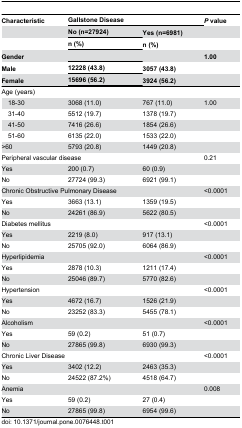
<table><thead><tr><td><b>Characteristic</b></td><td colspan="3"><b>Gallstone Disease</b></td><td><b><i>P</i> value</b></td></tr><tr><td></td><td colspan="2"><b>No (n=27924)</b></td><td><b>Yes (n=6981)</b></td><td></td></tr><tr><td></td><td colspan="2"><b>n (%)</b></td><td><b>n (%)</b></td><td></td></tr><tr><td><b>Gender</b></td><td colspan="2"></td><td></td><td><b>1.00</b></td></tr><tr><td><b> Male</b></td><td colspan="2"><b>12228 (43.8)</b></td><td><b>3057 (43.8)</b></td><td></td></tr><tr><td><b> Female</b></td><td colspan="2"><b>15696 (56.2)</b></td><td><b>3924 (56.2)</b></td><td></td></tr></thead><tbody><tr><td>Age (years)</td><td colspan="2"></td><td></td><td></td></tr><tr><td> 18-30</td><td colspan="2">3068 (11.0)</td><td>767 (11.0)</td><td>1.00</td></tr><tr><td> 31-40</td><td colspan="2">5512 (19.7)</td><td>1378 (19.7)</td><td></td></tr><tr><td> 41-50</td><td colspan="2">7416 (26.6)</td><td>1854 (26.6)</td><td></td></tr><tr><td> 51-60</td><td colspan="2">6135 (22.0)</td><td>1533 (22.0)</td><td></td></tr><tr><td> &gt;60</td><td colspan="2">5793 (20.8)</td><td>1449 (20.8)</td><td></td></tr><tr><td colspan="4">Peripheral vascular disease</td><td>0.21</td></tr><tr><td> Yes</td><td>200 (0.7)</td><td colspan="2">60 (0.9)</td><td></td></tr><tr><td> No</td><td>27724 (99.3)</td><td colspan="2">6921 (99.1)</td><td></td></tr><tr><td colspan="4">Chronic Obstructive Pulmonary Disease</td><td>&lt;0.0001</td></tr><tr><td> Yes</td><td>3663 (13.1)</td><td colspan="2">1359 (19.5)</td><td></td></tr><tr><td> No</td><td>24261 (86.9)</td><td colspan="2">5622 (80.5)</td><td></td></tr><tr><td colspan="4">Diabetes mellitus</td><td>&lt;0.0001</td></tr><tr><td> Yes</td><td>2219 (8.0)</td><td colspan="2">917 (13.1)</td><td></td></tr><tr><td> No</td><td>25705 (92.0)</td><td colspan="2">6064 (86.9)</td><td></td></tr><tr><td colspan="4">Hyperlipidemia</td><td>&lt;0.0001</td></tr><tr><td> Yes</td><td>2878 (10.3)</td><td colspan="2">1211 (17.4)</td><td></td></tr><tr><td> No</td><td>25046 (89.7)</td><td colspan="2">5770 (82.6)</td><td></td></tr><tr><td colspan="4">Hypertension</td><td>&lt;0.0001</td></tr><tr><td> Yes</td><td>4672 (16.7)</td><td colspan="2">1526 (21.9)</td><td></td></tr><tr><td> No</td><td>23252 (83.3)</td><td colspan="2">5455 (78.1)</td><td></td></tr><tr><td colspan="4">Alcoholism</td><td>&lt;0.0001</td></tr><tr><td> Yes</td><td>59 (0.2)</td><td colspan="2">51 (0.7)</td><td></td></tr><tr><td> No</td><td>27865 (99.8)</td><td colspan="2">6930 (99.3)</td><td></td></tr><tr><td colspan="4">Chronic Liver Disease</td><td>&lt;0.0001</td></tr><tr><td> Yes</td><td>3402 (12.2)</td><td colspan="2">2463 (35.3)</td><td></td></tr><tr><td> No</td><td>24522 (87.2%)</td><td colspan="2">4518 (64.7)</td><td></td></tr><tr><td colspan="4">Anemia</td><td>0.008</td></tr><tr><td> Yes</td><td>59 (0.2)</td><td colspan="2">27 (0.4)</td><td></td></tr><tr><td> No</td><td>27865 (99.8)</td><td colspan="2">6954 (99.6)</td><td></td></tr></tbody></table>